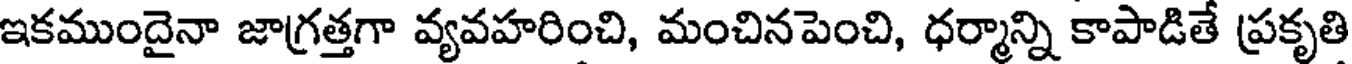
ఇకముందైనా జాగ్రత్తగా వ్యవహరించి, మంచినపెంచి, ధర్మాన్ని కాపాడితే ప్రకృతి